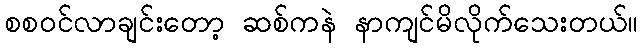
စစဝင်လာချင်းတော့ ဆစ်ကနဲ နာကျင်မိလိုက်သေးတယ်။